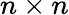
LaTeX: n\times n